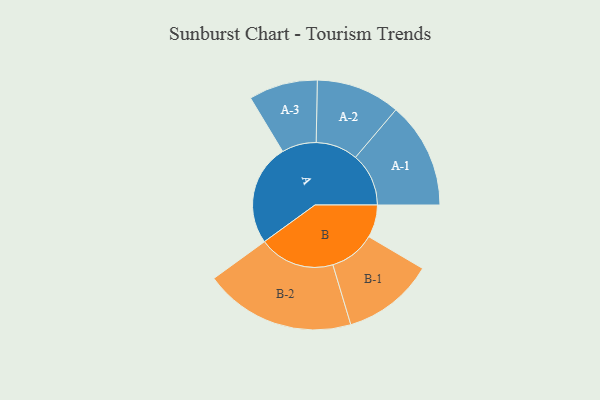
{"axis": {"x": "Segment", "y": "Value"}, "legend": ["", "A", "B"], "data": [{"x": "A", "y": 401, "type": ""}, {"x": "B", "y": 129, "type": ""}, {"x": "A-1", "y": 210, "type": "A"}, {"x": "A-2", "y": 166, "type": "A"}, {"x": "A-3", "y": 136, "type": "A"}, {"x": "B-1", "y": 181, "type": "B"}, {"x": "B-2", "y": 299, "type": "B"}]}